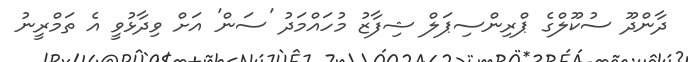
ދާންދޫ ސުކޫލްގެ ޕްރިންސިޕަލް ޝިފާޒު މުހައްމަދު 'ސަން' އަށް ވިދާޅުވީ އެ ތަމްރީނު